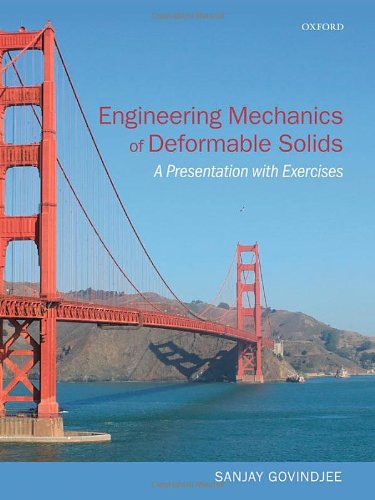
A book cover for Engineering Mechanics of Deformable Solids: A Presentation with Exercises; Sanjay Govindjee; Science & Math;